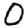
Digit: 0